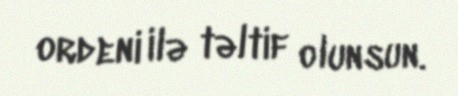
ordeni ilə təltif olunsun.